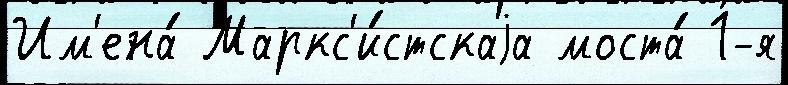
Им'ена́ Маркс'и́стскаjа моста́ 1-я